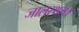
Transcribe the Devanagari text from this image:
जालस्थल।